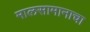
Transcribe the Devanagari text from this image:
मालसामानाचा